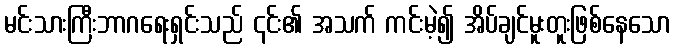
မင်းသားကြီးဘာဂရေးရှင်းသည် ၎င်း၏ အသက် ကင်းမဲ့၍ အိပ်ချင်မူးတူးဖြစ်နေသော